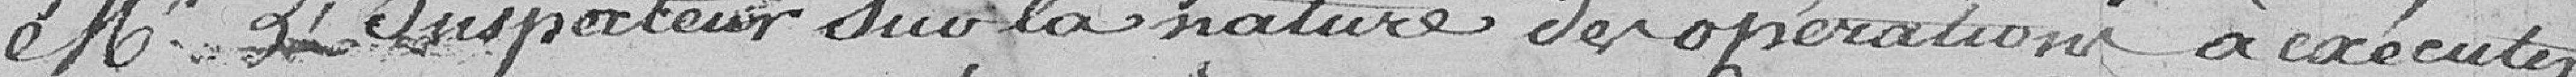
Mr. l'inspecteur sur la nature des opérations à exécuter